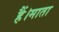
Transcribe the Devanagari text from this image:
हैं।माता